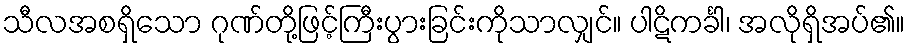
သီလအစရှိသော ဂုဏ်တို့ဖြင့်ကြီးပွားခြင်းကိုသာလျှင်။ ပါဋိကင်္ခါ၊ အလိုရှိအပ်၏။